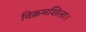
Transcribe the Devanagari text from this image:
विक्रमशिला।